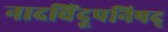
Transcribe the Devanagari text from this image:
नादविंदूपनिषद्